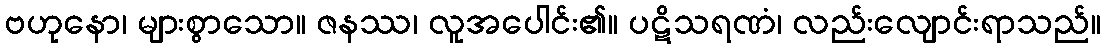
ဗဟုနော၊ များစွာသော။ ဇနဿ၊ လူအပေါင်း၏။ ပဋိသရဏံ၊ လည်းလျောင်းရာသည်။